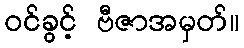
ဝင်ခွင့် ဗီဇာအမှတ်။